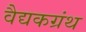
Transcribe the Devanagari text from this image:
वैद्यकग्रंथ